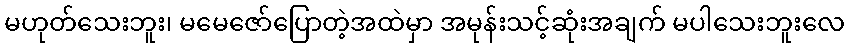
မဟုတ်သေးဘူး၊ မမေဇော်ပြောတဲ့အထဲမှာ အမုန်းသင့်ဆုံးအချက် မပါသေးဘူးလေ